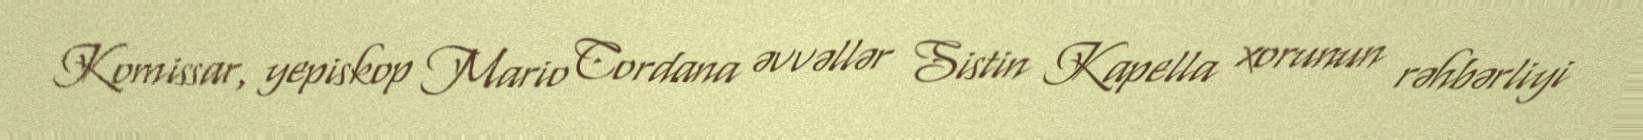
Komissar, yepiskop Mario Cordana əvvəllər Sistin Kapella xorunun rəhbərliyi